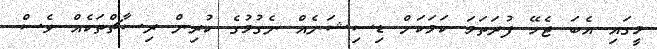
މީގައި އެބަ ޖެހޭ ފުރަތަމަ ކަމަކަށް ޑިސިޝަނެއް ނެގުމުގެ ކުރިން ރިސާޗްތަކެއް ވެސް